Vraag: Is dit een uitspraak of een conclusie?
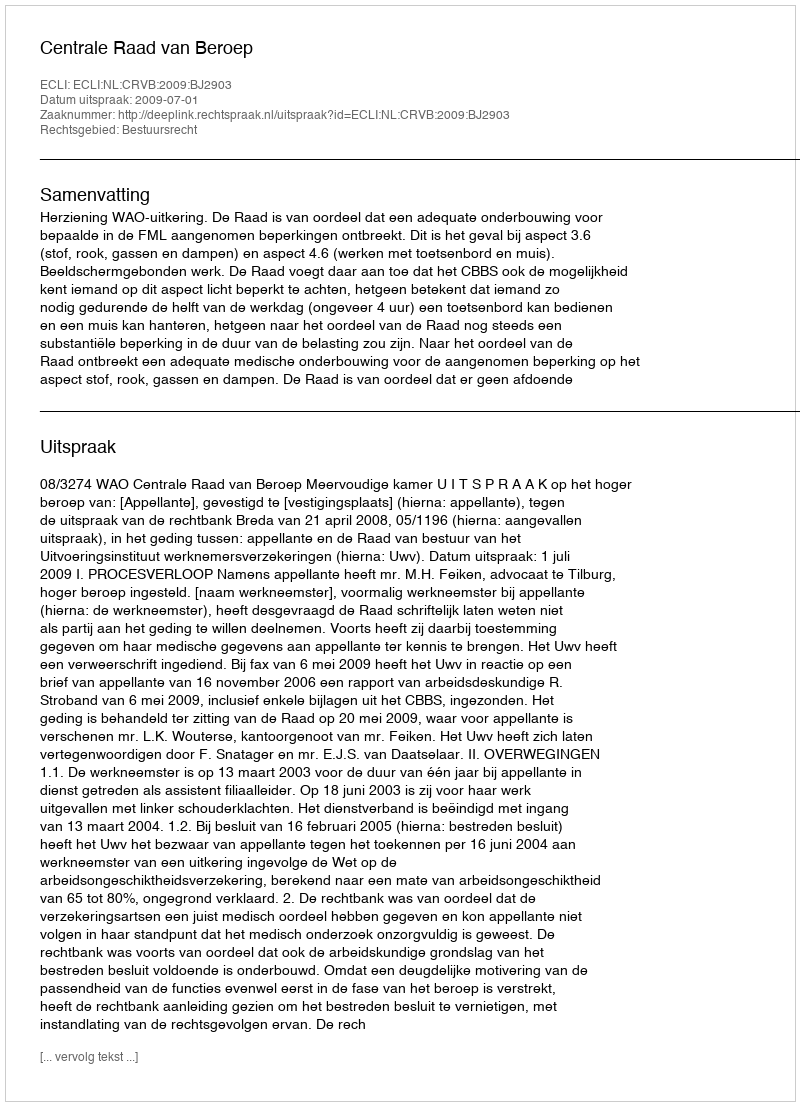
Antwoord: Uitspraak